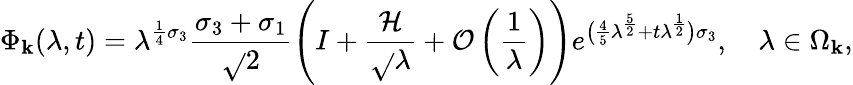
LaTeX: \Phi_{\mathbf{k}}(\lambda,t)=\lambda^{\frac{{1}}{{4}}\sigma_{3}}\frac{{\sigma_{3}+\sigma_{1}}}{{\sqrt{}{{2}}}}\left(I+\frac{{\mathcal{{H}}}}{{\sqrt{}{{\lambda}}}}+\mathcal{{O}}\left(\frac{{1}}{{\lambda}}\right)\right)e^{\big(\frac{{4}}{{5}}\lambda^{\frac{{5}}{{2}}}+t\lambda^{\frac{{1}}{{2}}}\big)\sigma_{3}},\quad\lambda\in\Omega_{\mathbf{k}},